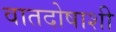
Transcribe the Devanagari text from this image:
वातदोषाशी